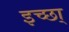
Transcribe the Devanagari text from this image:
इच्छा्